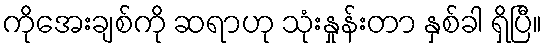
ကိုအေးချစ်ကို ဆရာဟု သုံးနှုန်းတာ နှစ်ခါ ရှိပြီ။